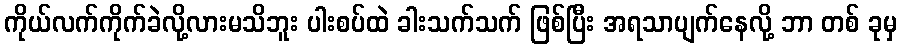
ကိုယ်လက်ကိုက်ခဲလို့လားမသိဘူး ပါးစပ်ထဲ ခါးသက်သက် ဖြစ်ပြီး အရသာပျက်နေလို့ ဘာ တစ် ခုမှ